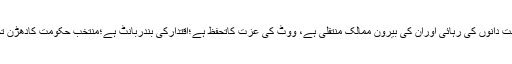
آج سے اس بات کو پلے باندھ لیں کہ:ملک کااصل مسئلہ اسیرسیاست دانوں کی رہائی اوران کی بیرون ممالک منتقلی ہے، ووٹ کی عزت کاتحفظ ہے؛اقتدارکی بندربانٹ ہے؛منتخب حکومت کادھڑن تختہ کرنااوراس کی جگہ کسی اورجدی پشتی جاگیردارکوبٹھاناہے۔